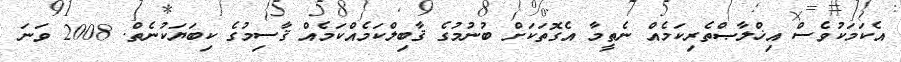
އެކަމަކުވެސް އިޚްލާޞްތެރިކަމެއް ނެތީމާ އެގޮތަކަށް ބުނުމުގެ ޤާބިލްކަމެއްކަމެއް ޤާސިމުގެ ކިބަޔަކުނެތް. 2008 ވަނަ